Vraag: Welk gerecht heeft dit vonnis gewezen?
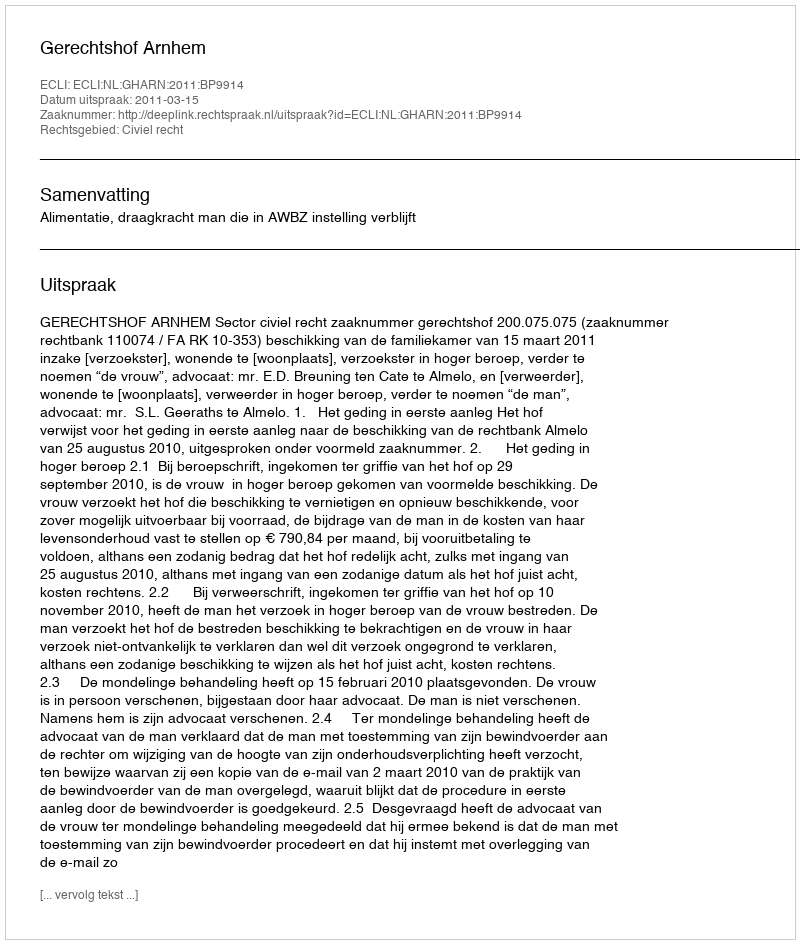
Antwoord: Gerechtshof Arnhem